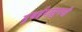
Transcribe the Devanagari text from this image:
मुंबईपासूनची